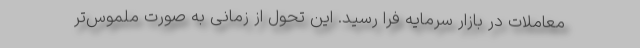
معاملات در بازار سرمایه فرا رسید. این تحول از زمانی به صورت ملموس‌تر